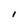
Character: l